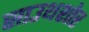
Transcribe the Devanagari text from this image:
साउथशोर